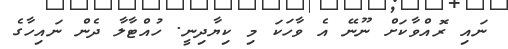
ނައި ރޮއްވާކަށް ނޫނޭ އެ ވާހަކަ މި ކިޔާދިނީ. ހުއްޓާލާ ދެން ނައިހާގެ